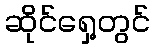
ဆိုင်ရှေ့တွင်